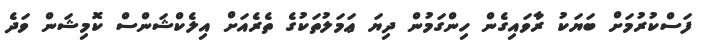
ފަސްކުރުމަށް ބަޔަކު ރާވައިގެން ހިންގަމުން ދިޔަ ޢަމަލުތަކުގެ ތެރެއަށް އިލެކްޝަންސް ކޮމިޝަން ވަދެ